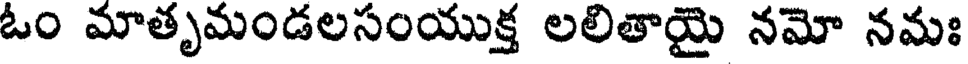
ఓం మాతృమండలసంయుక్త లలితాయై నమో నమః